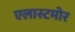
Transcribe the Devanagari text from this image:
एलास्टमोर